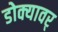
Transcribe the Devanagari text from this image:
डोक्यावर्